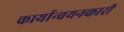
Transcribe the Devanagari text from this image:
कार्यान्‍वयनकारी